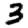
Digit: 3